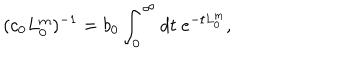
( c _ { 0 } L _ { 0 } ^ { \mathrm { m } } ) ^ { - 1 } = b _ { 0 } \int _ { 0 } ^ { \infty } d t \ e ^ { - t L _ { 0 } ^ { \mathrm { m } } } ,